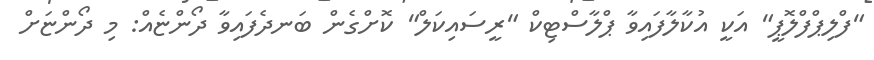
"ފްލިޕްފްލޮޕީ" އަކީ އުކާލާފައިވާ ޕްލާސްޓިކް "ރީސައިކަލް" ކޮށްގެން ބަނދެފައިވާ ދޯންޏެއް: މި ދޯންޏަށް